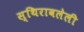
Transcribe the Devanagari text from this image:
स्थिरावलेली